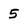
Character: 5